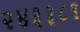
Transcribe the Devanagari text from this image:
२४३३८९